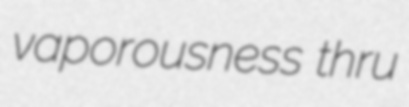
vaporousness thru